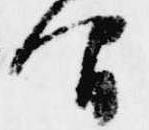
間